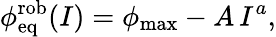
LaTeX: \phi_{\mathrm{eq}}^{\mathrm{rob}}(I)=\phi_{\mathrm{max}}-A\, I^{a},